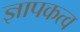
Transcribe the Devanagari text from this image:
ज्ञापकत्व